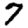
Digit: 7